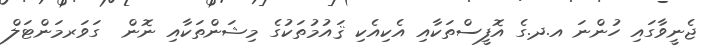
ޖެނީވާގައި ހުންނަ އ.ދ.ގެ އޮފީސްތަކާއި އެކިއެކި ޤައުމުތަކުގެ މިޝަންތަކާއި ނޮން  ގަވަރމަންޓަލް